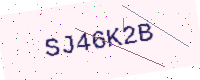
Text: SJ46K2B